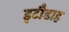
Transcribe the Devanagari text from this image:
इटौडाह